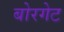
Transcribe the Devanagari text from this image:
बोरगेट